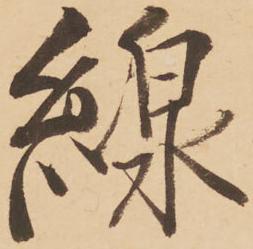
線